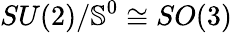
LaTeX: SU(2)/{{\mathbb S}^{0}}\cong SO(3)